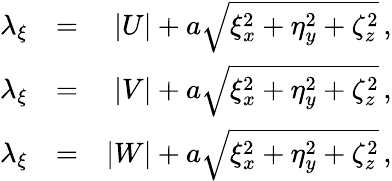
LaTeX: \begin{array}{rlr}{\lambda_{\xi}}&{=}&{|U|+a\sqrt{\xi_{x}^{2}+\eta_{y}^{2}+\zeta_{z}^{2}}\, \mathrm{,}}\\ {\lambda_{\xi}}&{=}&{|V|+a\sqrt{\xi_{x}^{2}+\eta_{y}^{2}+\zeta_{z}^{2}}\, \mathrm{,}}\\ {\lambda_{\xi}}&{=}&{|W|+a\sqrt{\xi_{x}^{2}+\eta_{y}^{2}+\zeta_{z}^{2}}\, \mathrm{,}}\end{array}